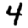
Digit: 4